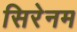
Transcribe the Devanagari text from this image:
सिरेनम